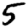
Digit: 5